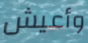
وأعيش